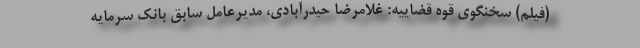
(فیلم) سخنگوی قوه قضاییه: غلامرضا حیدرآبادی، مدیرعامل سابق بانک سرمایه